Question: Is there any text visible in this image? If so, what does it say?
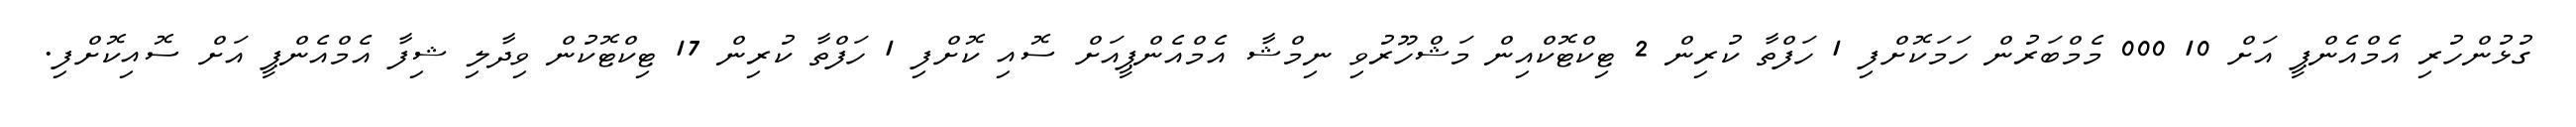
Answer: ގުޅުންހުރި އެމްއެންޕީ އަށް 10 000 މެމްބަރުން ހަމަކޮށްފި 1 ހަފްތާ ކުރިން 2 ޓިކްޓޮކްއިން މަޝްހޫރުވި ނިމްޝާ އެމްއެންޕީއަށް ސޮއި ކޮށްފި 1 ހަފްތާ ކުރިން 17 ޓިކްޓޮކުން ވިދާލި ޝިފާ އެމްއެންޕީ އަށް ސޮއިކޮށްފި.